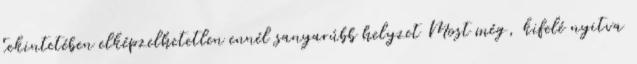
tekintetében elképzelhetetlen ennél sanyarúbb helyzet Most még, kifelé nyitva